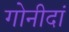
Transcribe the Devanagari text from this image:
गोनीदां